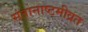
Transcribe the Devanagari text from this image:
संतानाष्टमीव्रत